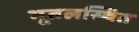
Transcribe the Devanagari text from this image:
भूतलस्थित